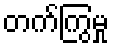
တက်ကြွမှု